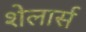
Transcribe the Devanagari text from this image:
शेलार्स